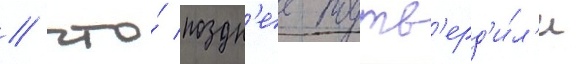
/ что́ поздн'ее подтв'ерд'и́л'и